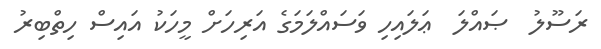
ރަސޫލު  ޞައްލަ  ޢަލައިހި ވަސައްލަމަގެ އަރިހަށް މީހަކު އައިސް ހިތްބިރު